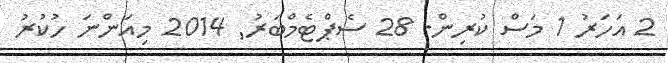
2 އަހަރު 1 މަސް ކުރިން. 28 ސެޕްޓެމްބަރު